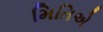
મિતિએ